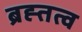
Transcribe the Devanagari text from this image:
ब्रह्तत्व